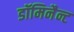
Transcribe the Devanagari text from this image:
डॉमिनैन्ट